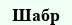
Шабр